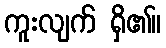
ကူးလျက် ရှိ၏။